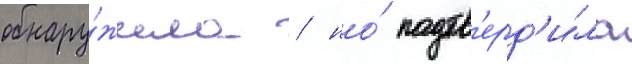
обнару́жила / но́ подтв'ерд'и́ла